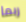
ربما